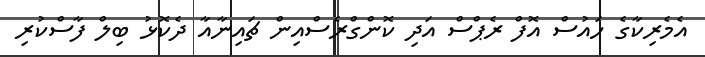
އެމެރިކާގެ ހައުސް އޮފް ރެޕްސް އަދި ކޮންގްރެސްއިން ޗައިނާއާ ދެކޮޅު ބިލް ފާސްކުރި